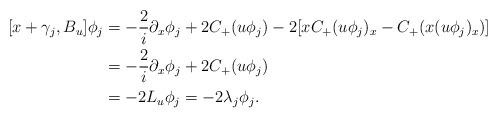
LaTeX: \begin{align*}[x+\gamma_j,B_u]\phi_j &= -\frac2i\partial_x\phi_j + 2C_+(u\phi_j) -2[xC_+(u\phi_j)_x-C_+(x(u\phi_j)_x)]\\&=-\frac2i\partial_x\phi_j + 2C_+(u\phi_j)\\&=-2L_u\phi_j=-2\lambda_j\phi_j.\end{align*}